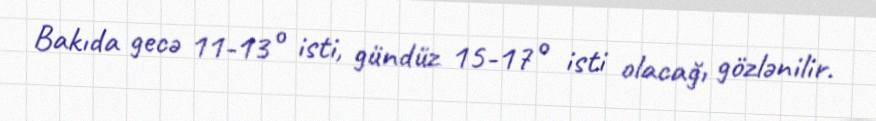
Bakıda gecə 11-13° isti, gündüz 15-17° isti olacağı gözlənilir.